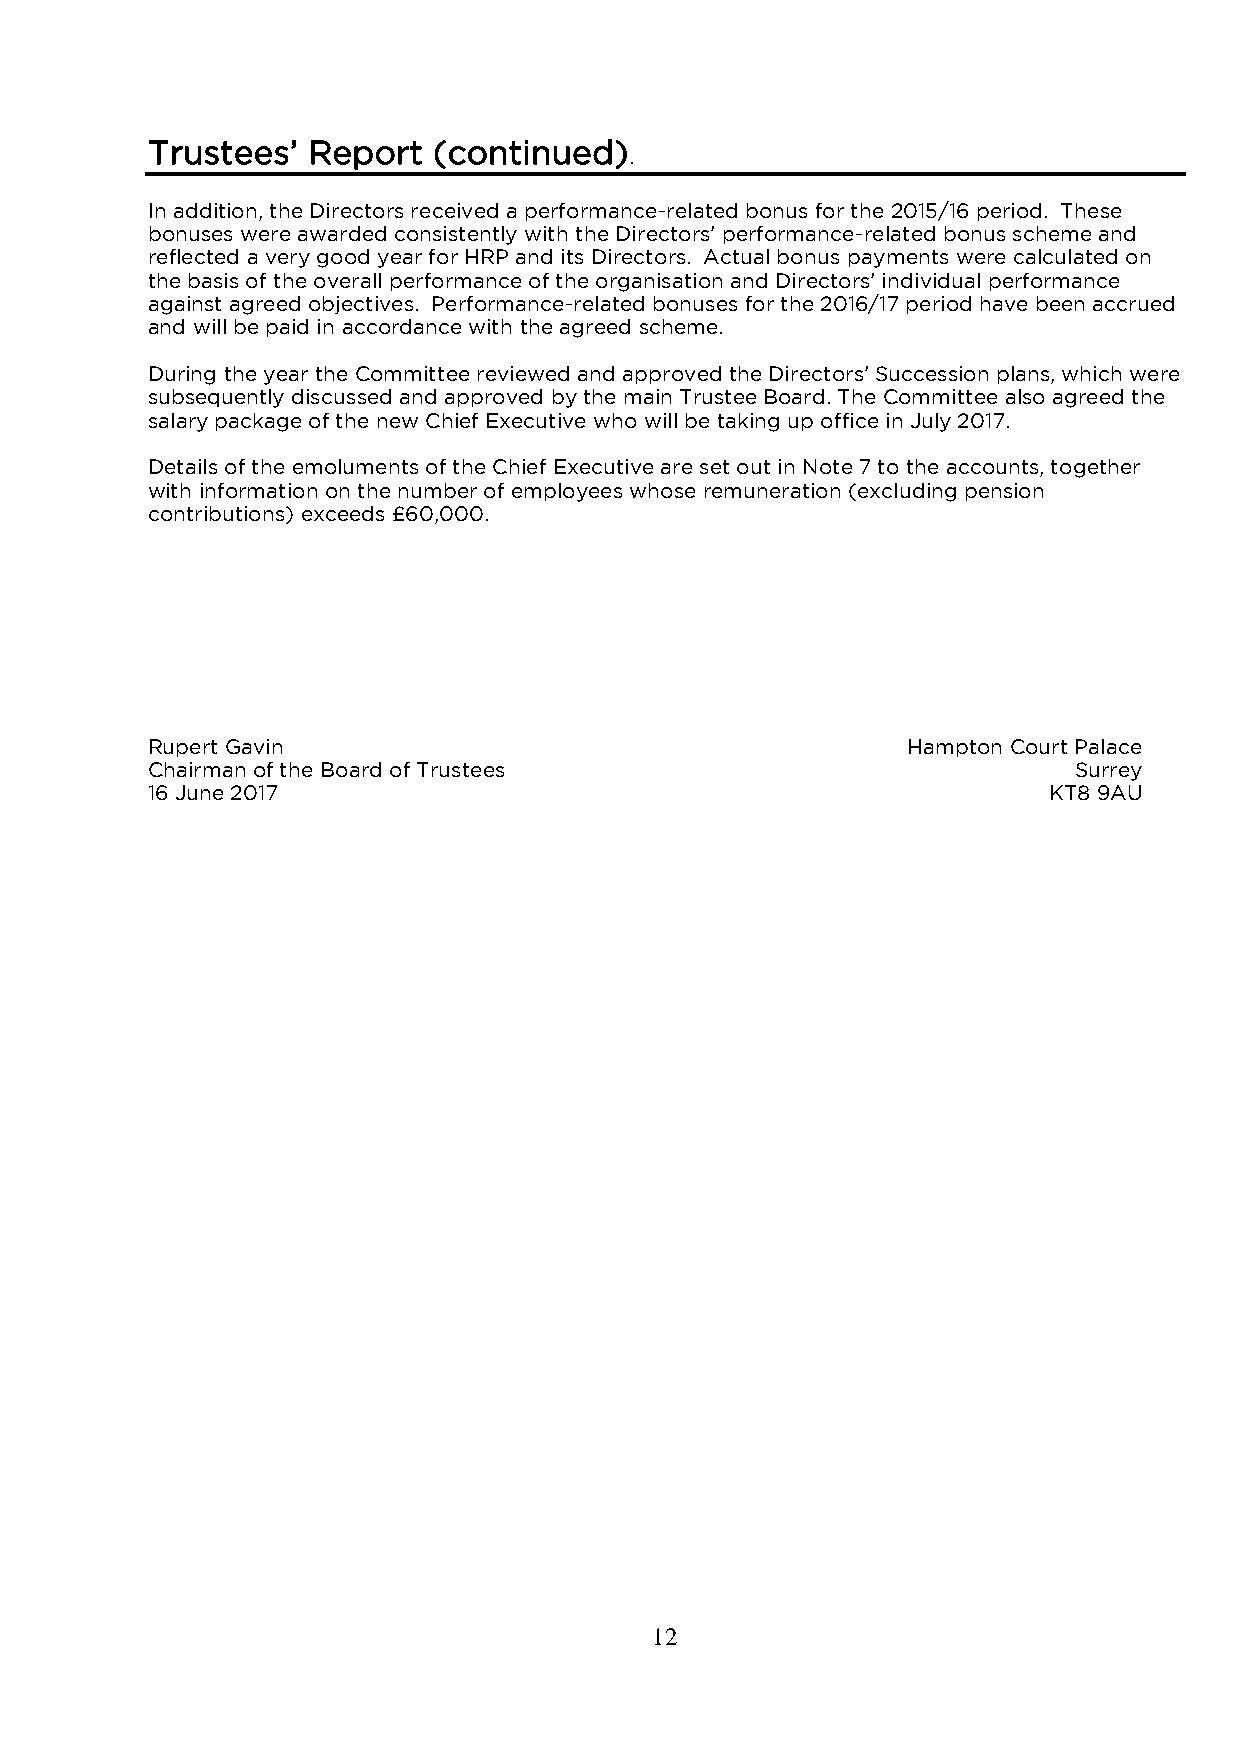
Trustees’ Report   (continued)
 .
 In addition, the Directors received a performance-related bonus for the 2015/16 period. These
 bonuses were awarded consistently with the Directors’ performance-related bonus scheme and
 reflected a very good year for HRP and its Directors. Actual bonus payments were calculated on
 the basis of the overall performance of the organisation and Directors’ individual performance
 against agreed objectives. Performance-related bonuses for the 2016/17 period have been accrued
 and will be paid in accordance with the agreed scheme.
 During the year the Committee reviewed and approved the Directors’ Succession plans, which were
 subsequently discussed and approved by the main Trustee Board. The Committee also agreed the
 salary package of the new Chief Executive who will be taking up office in July 2017.
 Details of the emoluments of the Chief Executive are set out in Note 7 to the accounts, together
 with information on the number of employees whose remuneration (excluding pension
 contributions) exceeds £60,000.
 Rupert Gavin                                      Hampton Court Palace
 Chairman of the Board of Trustees                            Surrey
 16 June 2017                                               KT8 9AU
 12